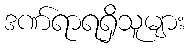
ဒဏ်ရာရရှိသူများ